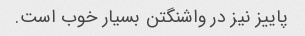
پاییز نیز در واشنگتن بسیار خوب است.